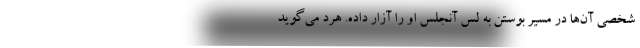
شخصی‌ آن‌ها در مسیر بوستن به لس آنجلس او را آزار داده. هرد می‌گوید